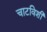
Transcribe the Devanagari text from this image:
चाटविशी